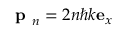
\textbf { p } _ { n } = 2 n \hbar k \mathbf { e } _ { x }